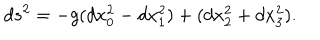
LaTeX: d s ^ { 2 } = - g ( d x _ { 0 } ^ { 2 } - d x _ { 1 } ^ { 2 } ) + ( d x _ { 2 } ^ { 2 } + d x _ { 3 } ^ { 2 } ) .